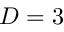
D = 3